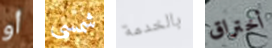
أو شمسي بالخدمة أختراق